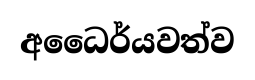
අධෛර්යවත්ව